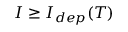
I \geq I _ { d e p } ( T )